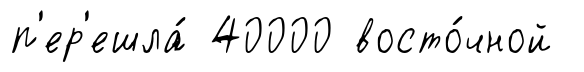
п'ер'ешла́ 40000 восто́чной